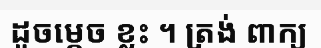
ដូចម្តេច ខ្លះ ។ ត្រង់ ពាក្យ